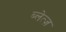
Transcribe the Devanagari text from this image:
ब्लेत्ज़